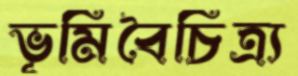
ভূমিবৈচিত্র্য